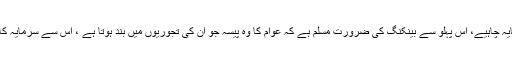
بڑا کاروبار کرنے کے لیے بڑا سرمایہ چاہیے، اس پہلو سے بینکنگ کی ضرورت مسلم ہے کہ عوام کا وہ پیسہ جو ان کی تجوریوں میں بند ہوتا ہے ، اس سے سرمایہ کاری ہو اور اس کا نفع سب کو پہنچے۔